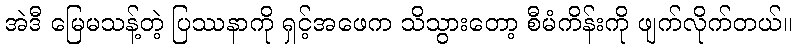
အဲဒီ မြေမသန့်တဲ့ ပြဿနာကို ရှင့်အဖေက သိသွားတော့ စီမံကိန်းကို ဖျက်လိုက်တယ်။